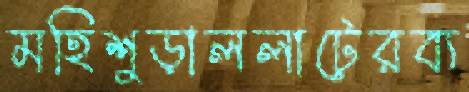
মহিশুড়াললাটেরব্য